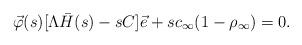
LaTeX: \begin{align*}\vec{\varphi}(s)[\Lambda \bar{H}(s) - sC]\vec{e} + s c_\infty(1-\rho_\infty) = 0.\end{align*}